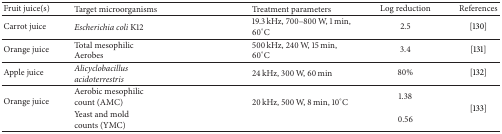
| Fruit juice(s) | Target microorganisms | Treatment parameters | Log reduction | References |
 | --- | --- | --- | --- | --- |
 | Carrot juice | Escherichia coli K12 | 19.3 kHz, 700–800 W, 1 min, 60°C | 2.5 | [130] |
 | Orange juice | Total mesophilicAerobes | 500 kHz, 240 W, 15 min, 60°C | 3.4 | [131] |
 | Apple juice | Alicyclobacillus acidoterrestris | 24 kHz, 300 W, 60 min | 80% | [132] |
 | <ROWSPAN=2> Orange juice | Aerobic mesophiliccount (AMC) | <ROWSPAN=2> 20 kHz, 500 W, 8 min, 10°C | 1.38 | <ROWSPAN=2> [133] |
 | Yeast and moldcounts (YMC) | 0.56 |